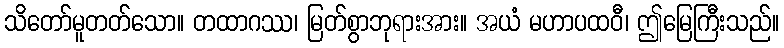
သိတော်မူတတ်သော။ တထာဂဿ၊ မြတ်စွာဘုရားအား။ အယံ မဟာပထဝီ၊ ဤမြေကြီးသည်။